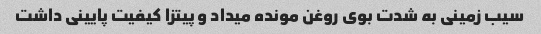
سیب زمینی به شدت بوی روغن مونده میداد و پیتزا کیفیت پایینی داشت